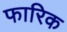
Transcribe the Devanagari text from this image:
फारिक